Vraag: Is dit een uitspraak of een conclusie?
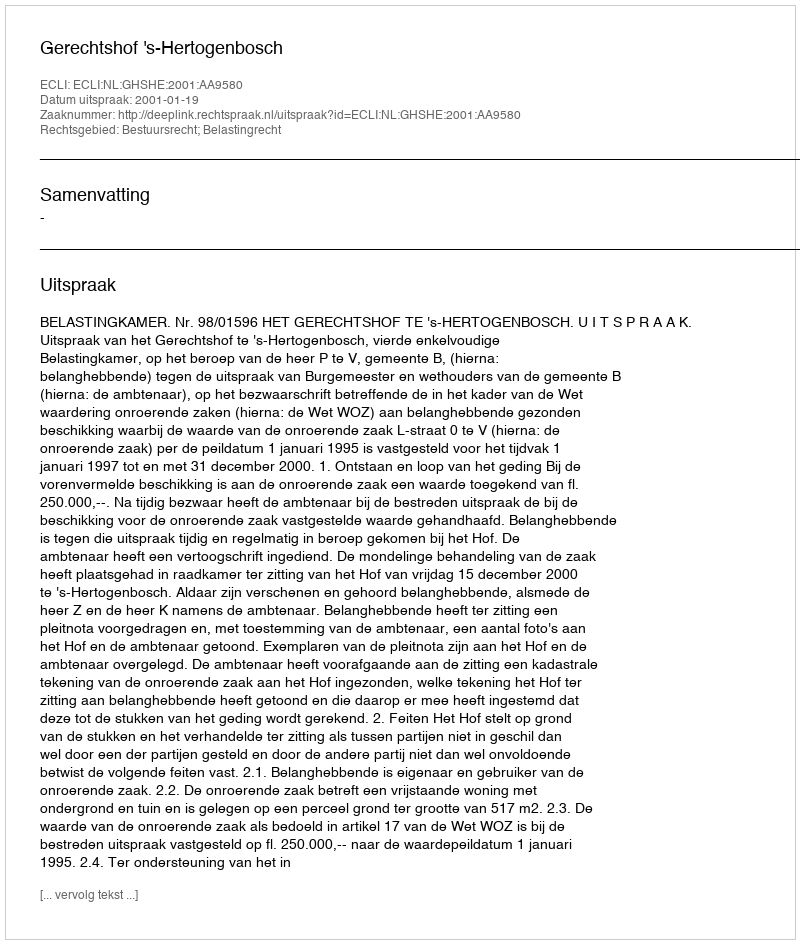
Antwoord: Uitspraak